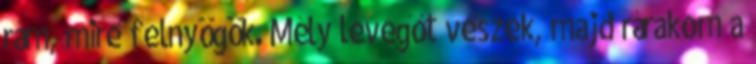
rám, mire felnyögök. Mély levegőt veszek, majd rárakom a